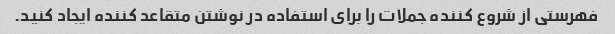
فهرستی از شروع کننده جملات را برای استفاده در نوشتن متقاعد کننده ایجاد کنید.